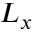
L _ { x }